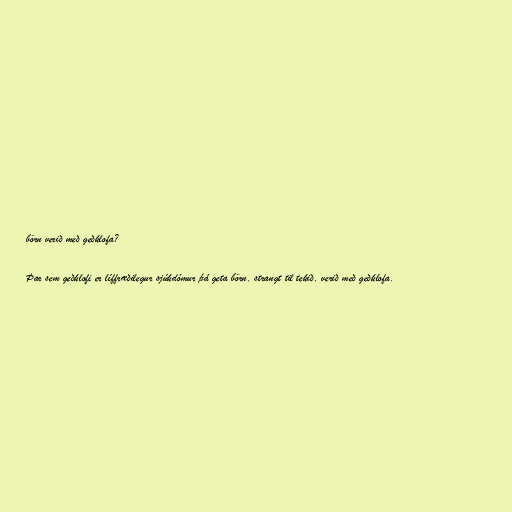
börn verið með geðklofa?

Þar sem geðklofi er líffræðilegur sjúkdómur þá geta börn, strangt til tekið, verið með geðklofa.